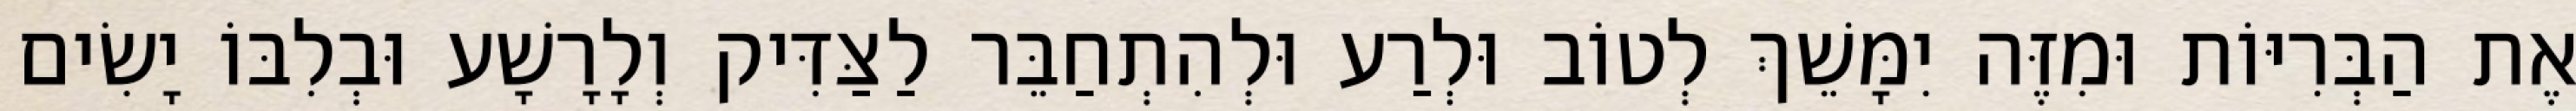
אֶת הַבְּרִיּוֹת וּמִזֶּה יִמָּשֵׁךְ לְטוֹב וּלְרַע וּלְהִתְחַבֵּר לַצַּדִּיק וְלָרָשָׁע וּבְלִבּוֹ יָשִׂים